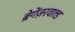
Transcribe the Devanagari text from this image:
ब्रेगेंज़रवाल्ड